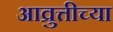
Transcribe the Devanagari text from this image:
आव्रुत्तीच्या